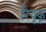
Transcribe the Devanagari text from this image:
रियूकू